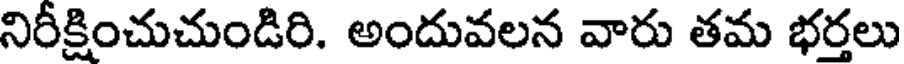
నిరీక్షించుచుండిరి. అందువలన వారు తమ భర్తలు